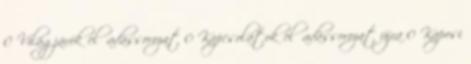
0 Világjárók előadássorozat 0 Kapcsolatok előadássorozat újra 0 Kaposi